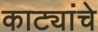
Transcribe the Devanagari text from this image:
काट्यांचे